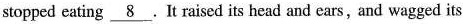
stopped eating \underline{ 8 }.It raised its head and ears, and wagged its